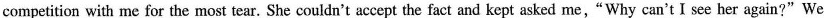
competition with me for the most tear. She couldn't accept the fact and kept asked me," Why can't I see her again?"We